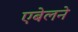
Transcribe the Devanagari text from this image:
एबेलने